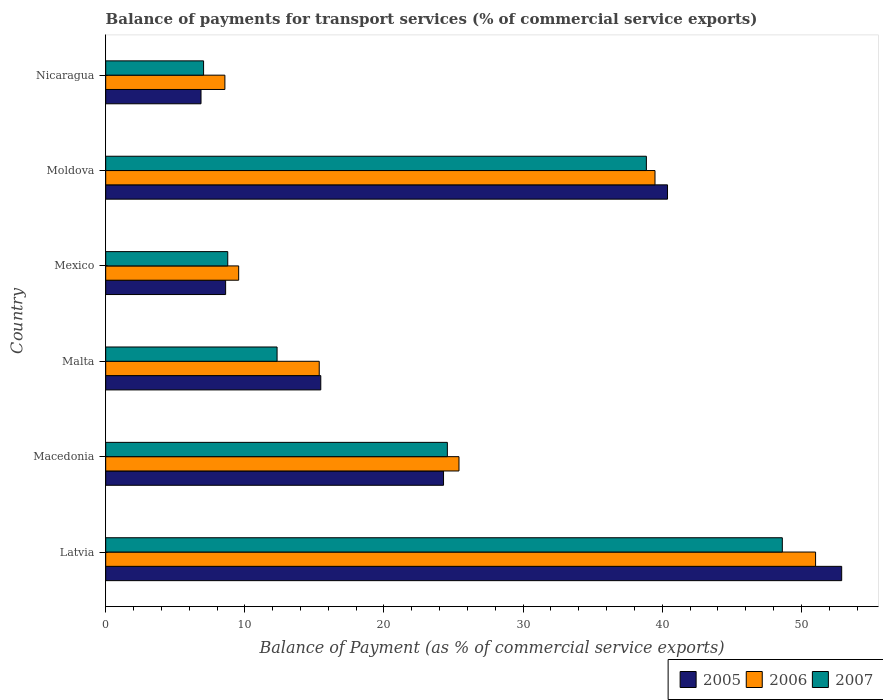
| Country | 2005 | 2006 | 2007 |
 | --- | --- | --- | --- |
 | Latvia | 52.9 | 51 | 48.6 |
 | Macedonia | 24.3 | 25.4 | 24.6 |
 | Malta | 15.5 | 15.3 | 12.3 |
 | Mexico | 8.62 | 9.56 | 8.77 |
 | Moldova | 40.4 | 39.5 | 38.9 |
 | Nicaragua | 6.85 | 8.57 | 7.04 |